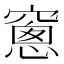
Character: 窻